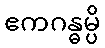
ဧကဂန္ဓမ္ပိ